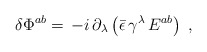
\begin{align*}\delta \Phi ^{ab}=\,-i\,\partial _\lambda \left( \bar \epsilon\,\gamma ^\lambda \,E^{ab}\right) \;,\end{align*}